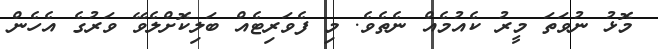
މޮޅު ނުވަތަ މީރު ކެއުމެއް ނެތެވެ. މި ފެވަރިޓެއް ބަލިކޮށްލެވޭ ވަރުގެ އެހެން